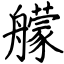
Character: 艨